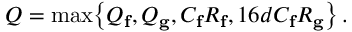
\begin{array} { r } { Q = \operatorname* { m a x } \mathopen { } \mathclose \bgroup \left\{ Q _ { \mathbf { f } } , Q _ { \mathbf { g } } , C _ { \mathbf { f } } R _ { \mathbf { f } } , 1 6 d C _ { \mathbf { f } } R _ { \mathbf { g } } \aftergroup \egroup \right\} \, . } \end{array}